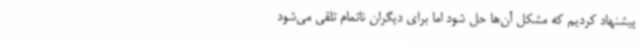
پیشنهاد کردیم که مشکل آن‌ها حل شود اما برای دیگران ناتمام تلقی می‌شود